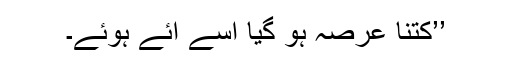
’’کتنا عرصہ ہو گیا اسے آئے ہوئے۔